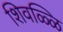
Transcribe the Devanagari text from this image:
शिवळ्ळि